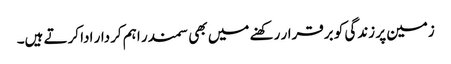
زمین پر زندگی کو برقرار رکھنے میں بھی سمندر اہم کردار ادا کرتے ہیں۔